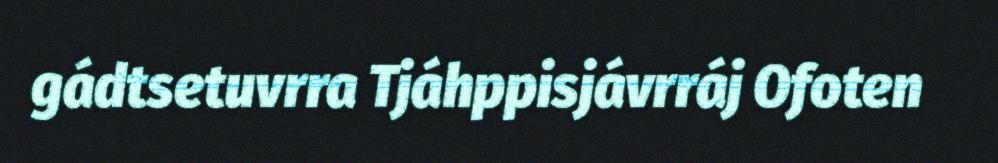
gádtsetuvrra Tjáhppisjávrráj Ofoten